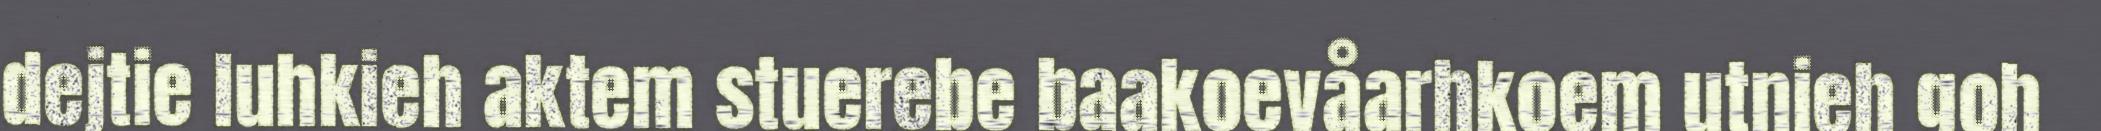
dejtie luhkieh aktem stuerebe baakoevåarhkoem utnieh goh